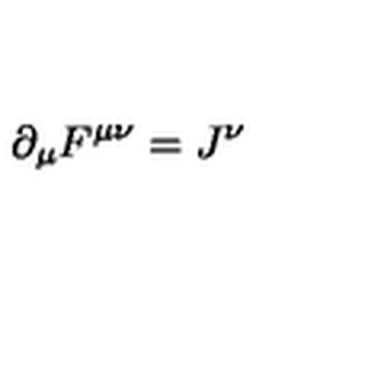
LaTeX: \partial _ { \mu } F ^ { \mu \nu } = J ^ { \nu }